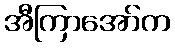
အီကြာအော်က